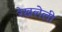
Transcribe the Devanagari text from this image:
रेखलेली